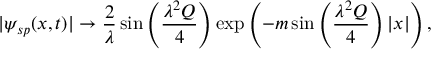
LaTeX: | \psi _ { s p } ( x , t ) | \rightarrow \frac { 2 } { \lambda } \sin \left( \frac { \lambda ^ { 2 } Q } { 4 } \right) \exp \left( - m \sin \left( \frac { \lambda ^ { 2 } Q } { 4 } \right) | x | \right) ,